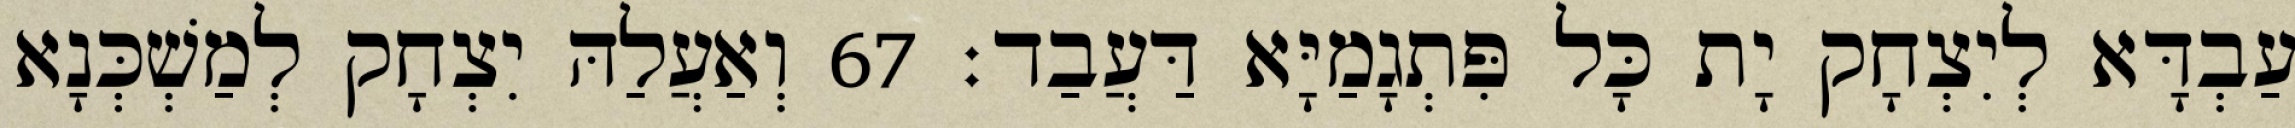
עַבְדָּא לְיִצְחָק יָת כָּל פִּתְגָמַיָּא דַּעֲבַד׃ 67 וְאַעֲלַהּ יִצְחָק לְמַשְׁכְּנָא